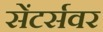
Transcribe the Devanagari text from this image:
सेंटर्सवर